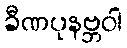
ခီဏပုနဗ္ဘဝါ